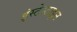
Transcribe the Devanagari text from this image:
इंस्टेस्टाइन